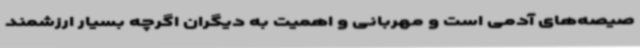
صیصه‌های آدمی است و مهربانی و اهمیت به دیگران اگرچه بسیار ارزشمند